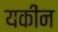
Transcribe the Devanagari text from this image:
यकींन